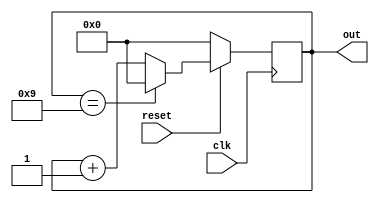
`timescale 1ns / 1ps
//////////////////////////////////////////////////////////////////////////////////
// Company: 
// Engineer: 
// 
// Design Name: 
// Module Name: modN_counter
// Project Name: 
// Target Devices: 
// Tool Versions: 
// Description: 
// 
// Dependencies: 
// 
// Revision:
// Revision 0.01 - File Created
// Additional Comments:
// 
//////////////////////////////////////////////////////////////////////////////////


module modN_counter
        #(parameter N = 10,
        parameter WIDTH = 4)
        
        (input clk,reset,
        output reg [WIDTH-1:0] out);
        
        always@(posedge clk)
        begin
            if(!reset)
            out <= 0;
            else
                if(out == N-1)
                out <= 0;
                else
                out <= out + 1;
         end              
endmodule